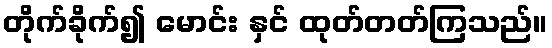
တိုက်ခိုက်၍ မောင်း နှင် ထုတ်တတ်ကြသည်။